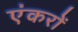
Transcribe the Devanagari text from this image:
एंकरों